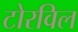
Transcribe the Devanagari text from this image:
टोरविल